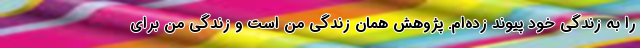
را به زندگی خود پیوند زده‌ام. پژوهش همان زندگی من است و زندگی من برای